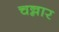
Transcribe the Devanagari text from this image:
चन्नार